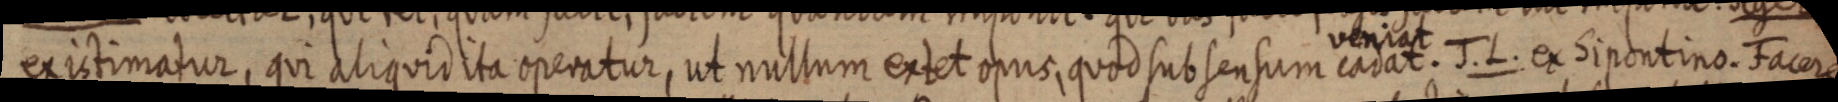
existimatur, qui aliquid ita operatur, ut nullum extet opus, quod sub sensum veniat cadat. J. L. ex Sipontino. Facere